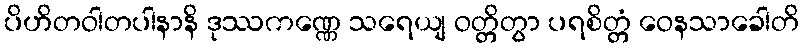
ပိဟိတဝါတပါနာနိ ဒုဿကဏ္ဏေ သရေယျ ဝတ္တိတွာ ပရစိတ္တံ ဝေနသာခေါတိ